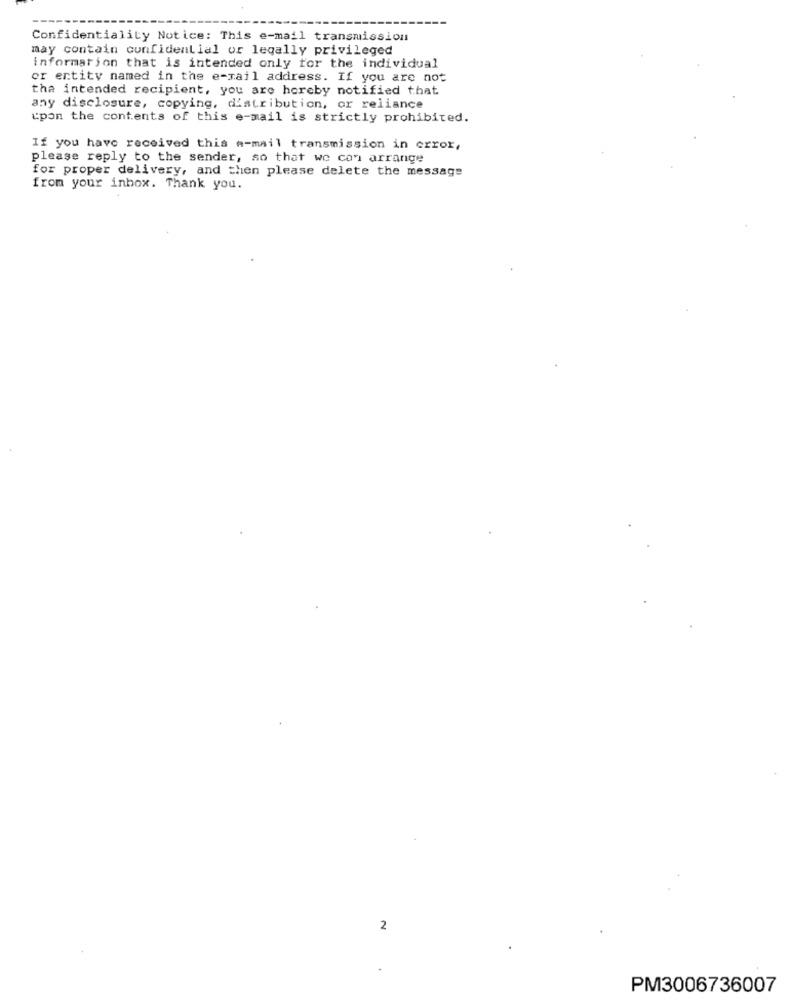
Confidentiality Notice: This e-mail transmission
may contain confidential or legally privileged
information that is intended only for the individual
or entity named in the e-mail address. If you are not
the intended recipient, you are hereby notified that
any disclosure, copying, distribution, or reliance
upon the contents of this e-mail is strictly prohibited.
If you have received this e-mail transmission in error,
please reply to the sender, so that we con arrange
for proper delivery, and then please delete the message
from your inbox. Thank you.
2
PM3006736007